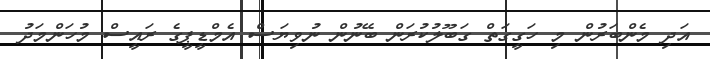
އަދި މެންބަރުން މި ހަގީގަތް ގަބޫލުކުރަން ބޭނުން ނުވިޔަސް އެމްޑީޕީގެ ރައީސް މުހަންމަދު